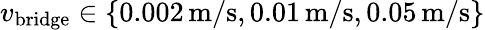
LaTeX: v_{\mathrm{bridge}}\in\left\{ 0.002\, \mathrm{m}/\mathrm{s},0.01\, \mathrm{m}/\mathrm{s},0.05\, \mathrm{m}/\mathrm{s}\right\}